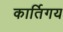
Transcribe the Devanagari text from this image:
कार्तिगय